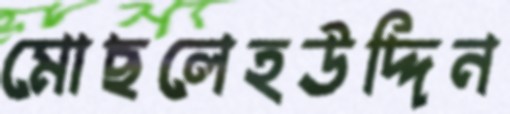
মোছলেহউদ্দিন